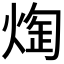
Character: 𭵖